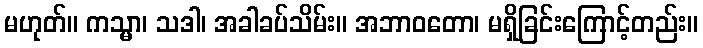
မဟုတ်။ ကသ္မာ၊ သဒါ၊ အခါခပ်သိမ်း။ အဘာဝတော၊ မရှိခြင်းကြောင့်တည်း။